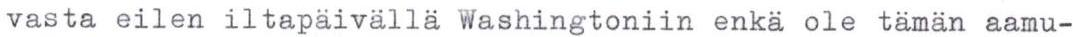
vasta eilen iltapäivällä Washingtoniin enkä ole tämän aamu-